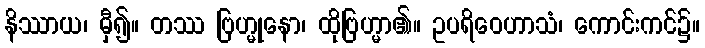
နိဿာယ၊ မှီ၍။ တဿ ဗြဟ္မုနော၊ ထိုဗြဟ္မာ၏။ ဥပရိဝေဟာသံ၊ ကောင်းကင်၌။